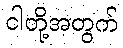
ငါတို့အတွက်